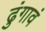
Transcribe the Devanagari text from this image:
ढुंगावं